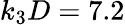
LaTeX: k_{3}D=7.2